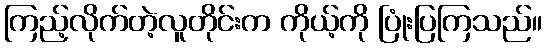
ကြည့်လိုက်တဲ့လူတိုင်းက ကိုယ့်ကို ပြုံးပြကြသည်။